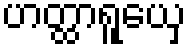
ဟတ္ထာရူယှေ